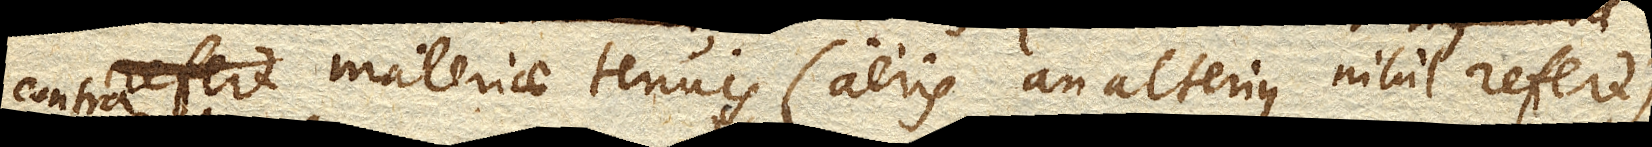
contra refert) materiae tenuis (aeris an alterius refert)